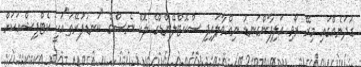
ގުދަނެއްގައި މިރޭ ރޯވި އަލިފާންގަނޑު ނިއްވާލައިފި ސްކޮޓްލޭންޑްގެ ލޮކް ނެސްގެ "ކަނޑުފުރޭތަ"އަކީ ކެޓްފިޝްއަކަށް